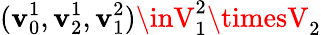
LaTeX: (\mathbf{v}_{0}^{1},\mathbf{v}_{2}^{1},\mathbf{v}_{1}^{2})\inV_{1}^{2}\timesV_{2}